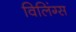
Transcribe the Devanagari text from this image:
विलिंग्स